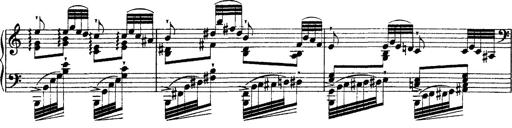
Title: Ã‰tudes d'exÃ©cution transcendante d'aprÃ¨s Paganini
Composer: Franz Liszt